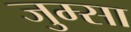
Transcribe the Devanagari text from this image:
जुम्सा